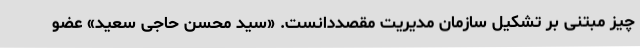
چیز مبتنی بر تشکیل سازمان مدیریت مقصددانست. «سید محسن حاجی سعید» عضو